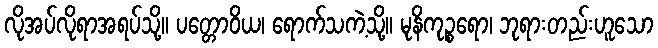
လိုအပ်လိုရာအရပ်သို့။ ပတ္တောဝိယ၊ ရောက်သကဲ့သို့။ မုနိကုဉ္စရော၊ ဘုရားတည်းဟူသော